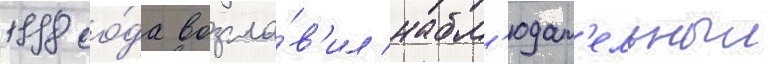
1998 го́да возгла́в'ил набл'юдат'ельныи